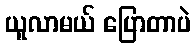
ယူလာမယ် ပြောတာပဲ